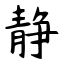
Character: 静